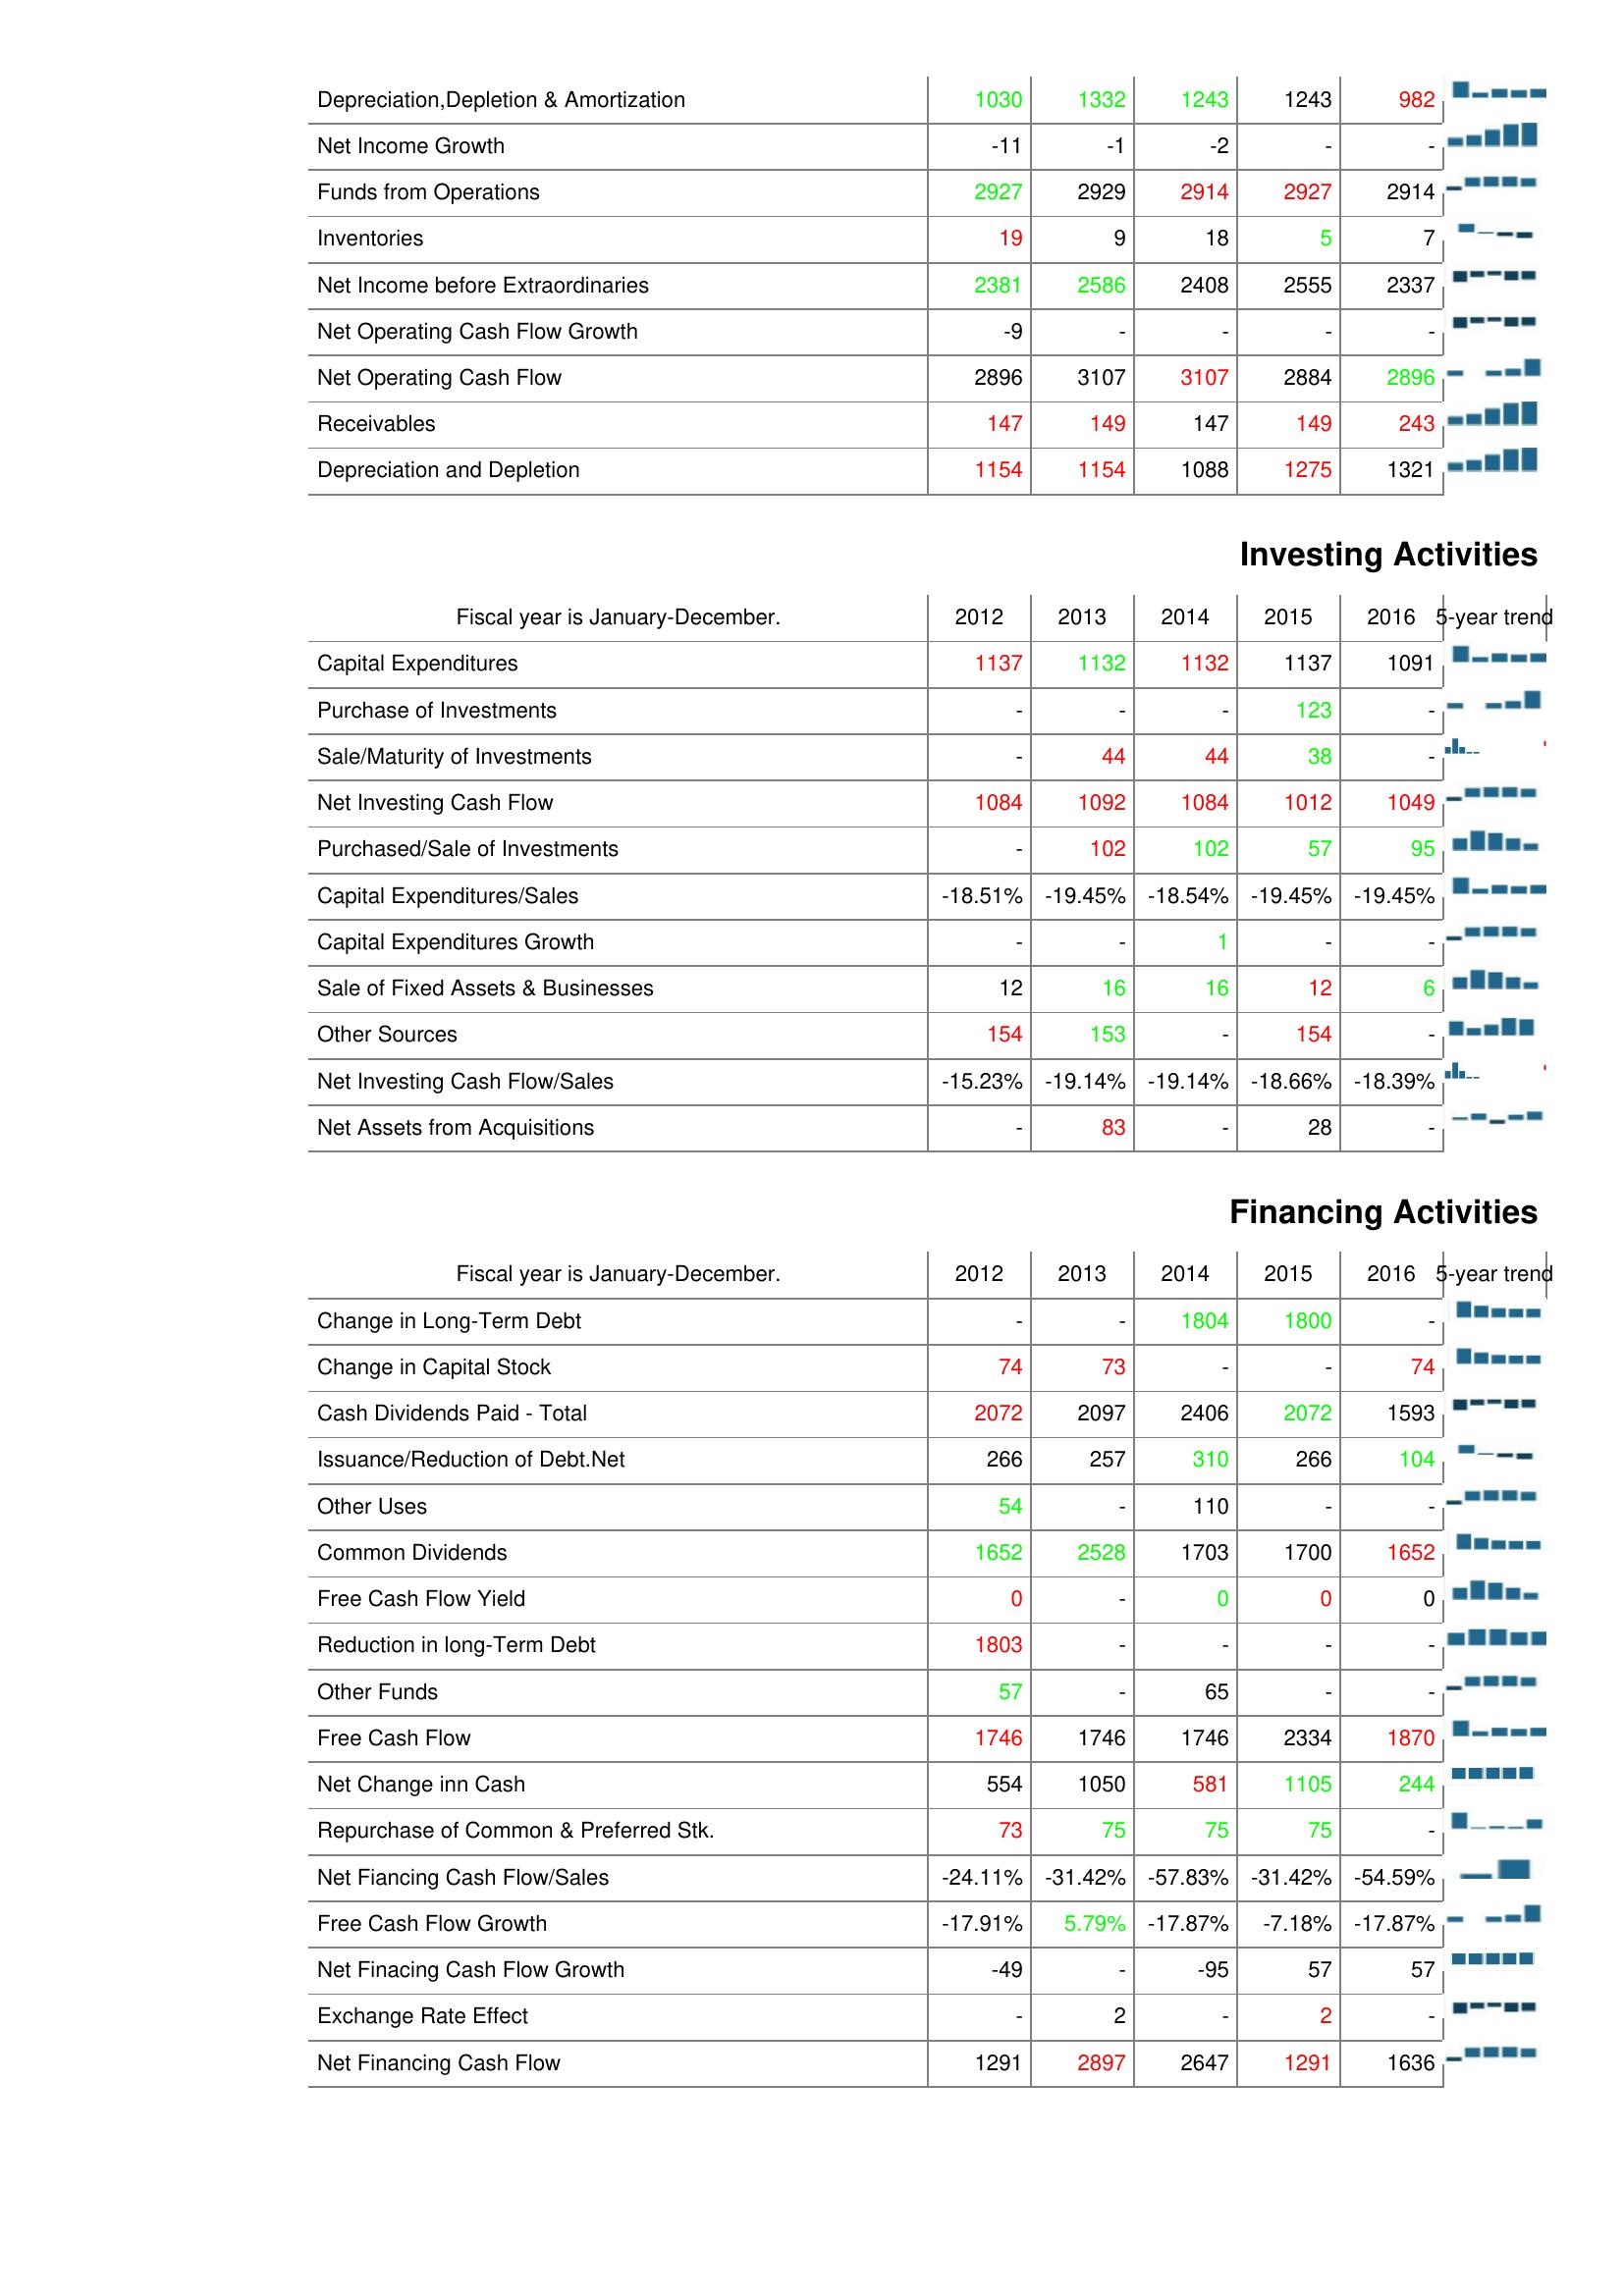
2012: Operating Activities: Depreciation,Depletion & Amortization: 1030
Net Income Growth: -11
Funds from Operations: 2927
Inventories: 19
Net Income before Extraordinaries: 2381
Net Operating Cash Flow Growth: -9
Net Operating Cash Flow: 2896
Receivables: 147
Depreciation and Depletion: 1154
Investing Activities: Capital Expenditures: 1137
Purchase of Investments: -
Sale/Maturity of Investments: -
Net Investing Cash Flow: 1084
Purchased/Sale of Investments: -
Capital Expenditures/Sales: -18.51%
Capital Expenditures Growth: -
Sale of Fixed Assets & Businesses: 12
Other Sources: 154
Net Investing Cash Flow/Sales: -15.23%
Net Assets from Acquisitions: -
Financing Activities: Change in Long-Term Debt: -
Change in Capital Stock: 74
Cash Dividends Paid - Total: 2072
Issuance/Reduction of Debt.Net: 266
Other Uses: 54
Common Dividends: 1652
Free Cash Flow Yield: 0
Reduction in long-Term Debt: 1803
Other Funds: 57
Free Cash Flow: 1746
Net Change inn Cash: 554
Repurchase of Common & Preferred Stk.: 73
Net Fiancing Cash Flow/Sales: -24.11%
Free Cash Flow Growth: -17.91%
Net Finacing Cash Flow Growth: -49
Exchange Rate Effect: -
Net Financing Cash Flow: 1291
2013: Operating Activities: Depreciation,Depletion & Amortization: 1332
Net Income Growth: -1
Funds from Operations: 2929
Inventories: 9
Net Income before Extraordinaries: 2586
Net Operating Cash Flow Growth: -
Net Operating Cash Flow: 3107
Receivables: 149
Depreciation and Depletion: 1154
Investing Activities: Capital Expenditures: 1132
Purchase of Investments: -
Sale/Maturity of Investments: 44
Net Investing Cash Flow: 1092
Purchased/Sale of Investments: 102
Capital Expenditures/Sales: -19.45%
Capital Expenditures Growth: -
Sale of Fixed Assets & Businesses: 16
Other Sources: 153
Net Investing Cash Flow/Sales: -19.14%
Net Assets from Acquisitions: 83
Financing Activities: Change in Long-Term Debt: -
Change in Capital Stock: 73
Cash Dividends Paid - Total: 2097
Issuance/Reduction of Debt.Net: 257
Other Uses: -
Common Dividends: 2528
Free Cash Flow Yield: -
Reduction in long-Term Debt: -
Other Funds: -
Free Cash Flow: 1746
Net Change inn Cash: 1050
Repurchase of Common & Preferred Stk.: 75
Net Fiancing Cash Flow/Sales: -31.42%
Free Cash Flow Growth: 5.79%
Net Finacing Cash Flow Growth: -
Exchange Rate Effect: 2
Net Financing Cash Flow: 2897
2014: Operating Activities: Depreciation,Depletion & Amortization: 1243
Net Income Growth: -2
Funds from Operations: 2914
Inventories: 18
Net Income before Extraordinaries: 2408
Net Operating Cash Flow Growth: -
Net Operating Cash Flow: 3107
Receivables: 147
Depreciation and Depletion: 1088
Investing Activities: Capital Expenditures: 1132
Purchase of Investments: -
Sale/Maturity of Investments: 44
Net Investing Cash Flow: 1084
Purchased/Sale of Investments: 102
Capital Expenditures/Sales: -18.54%
Capital Expenditures Growth: 1
Sale of Fixed Assets & Businesses: 16
Other Sources: -
Net Investing Cash Flow/Sales: -19.14%
Net Assets from Acquisitions: -
Financing Activities: Change in Long-Term Debt: 1804
Change in Capital Stock: -
Cash Dividends Paid - Total: 2406
Issuance/Reduction of Debt.Net: 310
Other Uses: 110
Common Dividends: 1703
Free Cash Flow Yield: 0
Reduction in long-Term Debt: -
Other Funds: 65
Free Cash Flow: 1746
Net Change inn Cash: 581
Repurchase of Common & Preferred Stk.: 75
Net Fiancing Cash Flow/Sales: -57.83%
Free Cash Flow Growth: -17.87%
Net Finacing Cash Flow Growth: -95
Exchange Rate Effect: -
Net Financing Cash Flow: 2647
2015: Operating Activities: Depreciation,Depletion & Amortization: 1243
Net Income Growth: -
Funds from Operations: 2927
Inventories: 5
Net Income before Extraordinaries: 2555
Net Operating Cash Flow Growth: -
Net Operating Cash Flow: 2884
Receivables: 149
Depreciation and Depletion: 1275
Investing Activities: Capital Expenditures: 1137
Purchase of Investments: 123
Sale/Maturity of Investments: 38
Net Investing Cash Flow: 1012
Purchased/Sale of Investments: 57
Capital Expenditures/Sales: -19.45%
Capital Expenditures Growth: -
Sale of Fixed Assets & Businesses: 12
Other Sources: 154
Net Investing Cash Flow/Sales: -18.66%
Net Assets from Acquisitions: 28
Financing Activities: Change in Long-Term Debt: 1800
Change in Capital Stock: -
Cash Dividends Paid - Total: 2072
Issuance/Reduction of Debt.Net: 266
Other Uses: -
Common Dividends: 1700
Free Cash Flow Yield: 0
Reduction in long-Term Debt: -
Other Funds: -
Free Cash Flow: 2334
Net Change inn Cash: 1105
Repurchase of Common & Preferred Stk.: 75
Net Fiancing Cash Flow/Sales: -31.42%
Free Cash Flow Growth: -7.18%
Net Finacing Cash Flow Growth: 57
Exchange Rate Effect: 2
Net Financing Cash Flow: 1291
2016: Operating Activities: Depreciation,Depletion & Amortization: 982
Net Income Growth: -
Funds from Operations: 2914
Inventories: 7
Net Income before Extraordinaries: 2337
Net Operating Cash Flow Growth: -
Net Operating Cash Flow: 2896
Receivables: 243
Depreciation and Depletion: 1321
Investing Activities: Capital Expenditures: 1091
Purchase of Investments: -
Sale/Maturity of Investments: -
Net Investing Cash Flow: 1049
Purchased/Sale of Investments: 95
Capital Expenditures/Sales: -19.45%
Capital Expenditures Growth: -
Sale of Fixed Assets & Businesses: 6
Other Sources: -
Net Investing Cash Flow/Sales: -18.39%
Net Assets from Acquisitions: -
Financing Activities: Change in Long-Term Debt: -
Change in Capital Stock: 74
Cash Dividends Paid - Total: 1593
Issuance/Reduction of Debt.Net: 104
Other Uses: -
Common Dividends: 1652
Free Cash Flow Yield: 0
Reduction in long-Term Debt: -
Other Funds: -
Free Cash Flow: 1870
Net Change inn Cash: 244
Repurchase of Common & Preferred Stk.: -
Net Fiancing Cash Flow/Sales: -54.59%
Free Cash Flow Growth: -17.87%
Net Finacing Cash Flow Growth: 57
Exchange Rate Effect: -
Net Financing Cash Flow: 1636